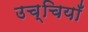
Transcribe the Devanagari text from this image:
उच्चियाँ